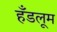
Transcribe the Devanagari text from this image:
हँडलूम